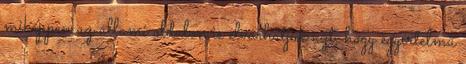
miképpen az állami oldalon is elvárhatjuk azt, hogy egyértelmű